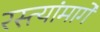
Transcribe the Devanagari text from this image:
रस्त्यांमार्गे